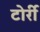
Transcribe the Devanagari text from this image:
टोर्री